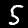
Label: 5